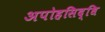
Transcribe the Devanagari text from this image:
अपोहसिद्धि